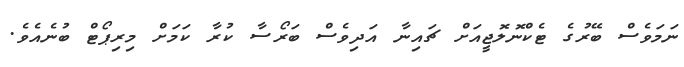
ނަމަވެސް ބޭރުގެ ޓެކްނޮލޮޖީއަށް ޗައިނާ އަދިވެސް ބަރޯސާ ކުރާ ކަމަށް މިރިޕޯޓް ބުނެއެވެ.